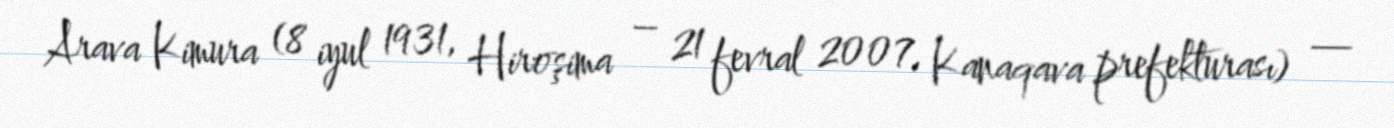
Arava Kimura (8 iyul 1931, Hiroşima – 21 fevral 2007, Kanaqava prefekturası) —